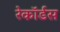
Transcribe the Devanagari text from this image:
रेकॉर्डस